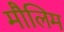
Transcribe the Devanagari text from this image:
मौलिम